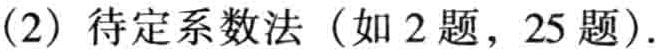
(2) 待定系数法（如 2 题，25 题）.